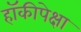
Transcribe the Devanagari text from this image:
हॉकीपेक्षा